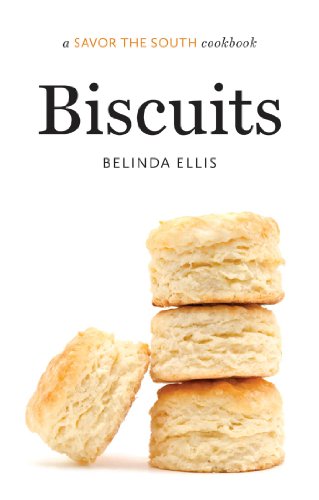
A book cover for Biscuits: a Savor the SouthÂ® cookbook (Savor the South Cookbooks); Belinda Ellis; Cookbooks, Food & Wine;